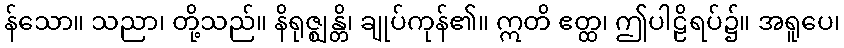
န်သော။ သညာ၊ တို့သည်။ နိရုဇ္ဈန္တိ၊ ချုပ်ကုန်၏။ ဣတိ ဧတ္ထ၊ ဤပါဠိရပ်၌။ အရူပေ၊